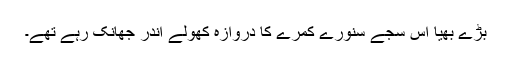
بڑے بھیا اس سجے سنورے کمرے کا دروازہ کھولے اندر جھانک رہے تھے۔